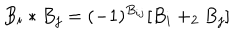
LaTeX: B _ { i } * B _ { j } = ( - 1 ) ^ { B _ { i j } } [ B _ { i } + _ { 2 } B _ { j } ]